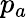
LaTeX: p_{a}